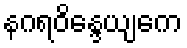
နဂရဝိန္ဒေယျကေ